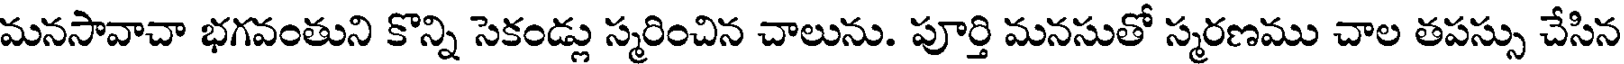
మనసావాచా భగవంతుని కొన్ని సెకండ్లు స్మరించిన చాలును. పూర్తి మనసుతో స్మరణము చాల తపస్సు చేసిన